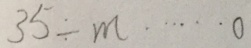
3 5 \div m \cdots 0